Preliminary report on an investigation into the etiology of Oriental sore in Cambay - Number 50
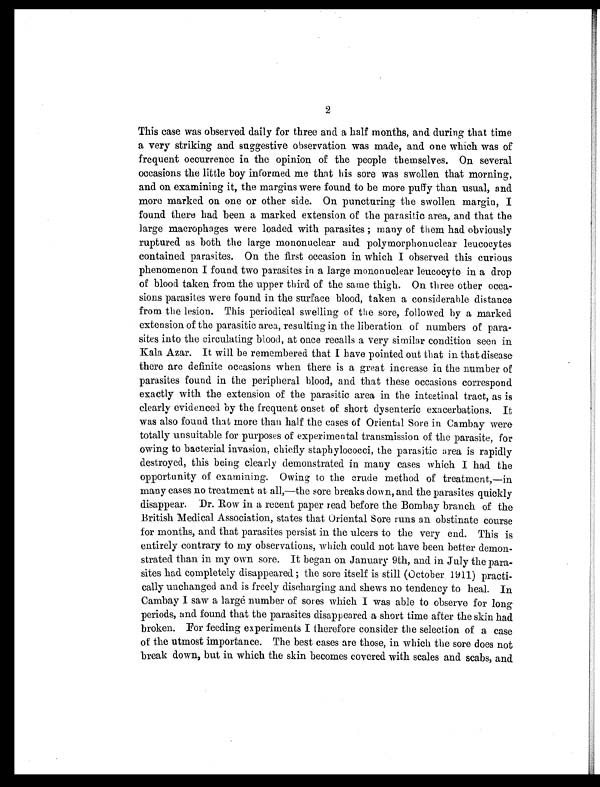
2
This case was observed daily for three and a half months, and during that time
a very striking and suggestive observation was made, and one which was of
frequent occurrence in the opinion of the people themselves. On several
occasions the little boy informed me that his sore was swollen that morning,
and on examining it, the margins were found to be more puffy than usual, and
more marked on one or other side. On puncturing the swollen margin, I
found there had been a marked extension of the parasitic area, and that the
large macrophages were loaded with parasites ; many of them had obviously
ruptured as both the large mononuclear and polymorphonuclear leucocytes
contained parasites. On the first occasion in which I observed this curious
phenomenon I found two parasites in a large mononuclear leucocyte in a drop
of blood taken from the upper third of the same thigh. On three other occa-
sions parasites were found in the surface blood, taken a considerable distance
from the lesion. This periodical swelling of the sore, followed by a marked
extension of the parasitic area, resulting in the liberation of numbers of para-
sites into the circulating blood, at once recalls a very similar condition seen in
Kala Azar. It will be remembered that I have pointed out that in that disease
there are definite occasions when there is a great increase in the number of
parasites found in the peripheral blood, and that these occasions correspond
exactly with the extension of the parasitic area in the intestinal tract, as is
clearly evidenced by the frequent onset of short dysenteric exacerbations. It
was also found that more than half the cases of Oriental Sore in Cambay were
totally unsuitable for purposes of experimental transmission of the parasite, for
owing to bacterial invasion, chiefly staphylococci, the parasitic area is rapidly
destroyed, this being clearly demonstrated in many cases which I had the
opportunity of examining. Owing to the crude method of treatment,—in
many cases no treatment at all,—the sore breaks down, and the parasites quickly
disappear. Dr. Row in a recent paper read before the Bombay branch of the
British Medical Association, states that oriental Sore runs an obstinate course
for months, and that parasites persist in the ulcers to the very end. This is
entirely contrary to my observations, which could not have been better demon-
strated than in my own sore. It began on January 9th, and in July the para-
sites had completely disappeared ; the sore itself is still (October 1911) practi-
cally unchanged and is freely discharging and shews no tendency to heal. In.
Cambay I saw a large number of sores which I was able to observe for long
periods, and found that the parasites disappeared a short time after the skin had
broken. For feeding experiments I therefore consider the selection of a case
of the utmost importance. The best cases are those, in which the sore does not
break down, but in which the skin becomes covered with scales and scabs, and.